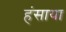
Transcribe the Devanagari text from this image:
हंसाया